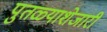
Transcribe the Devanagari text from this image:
पुतळ्याशेजारी